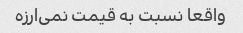
واقعا نسبت به قیمت نمی‌ارزه